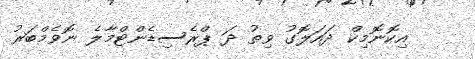
އިކޮނޮމިކް ދައަލޮގު ވިތު ދަ ޕްރެސިޑެންޓްމާލެ ނޮވެމްބަރު